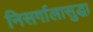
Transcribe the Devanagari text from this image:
निसर्गालासुद्धा